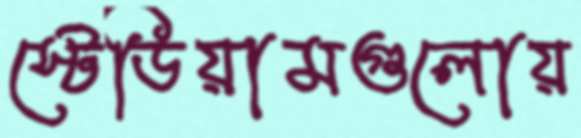
স্টেডিয়ামগুলোয়